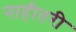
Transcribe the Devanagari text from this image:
नाहीतरी